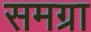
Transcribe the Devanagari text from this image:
समग्रा